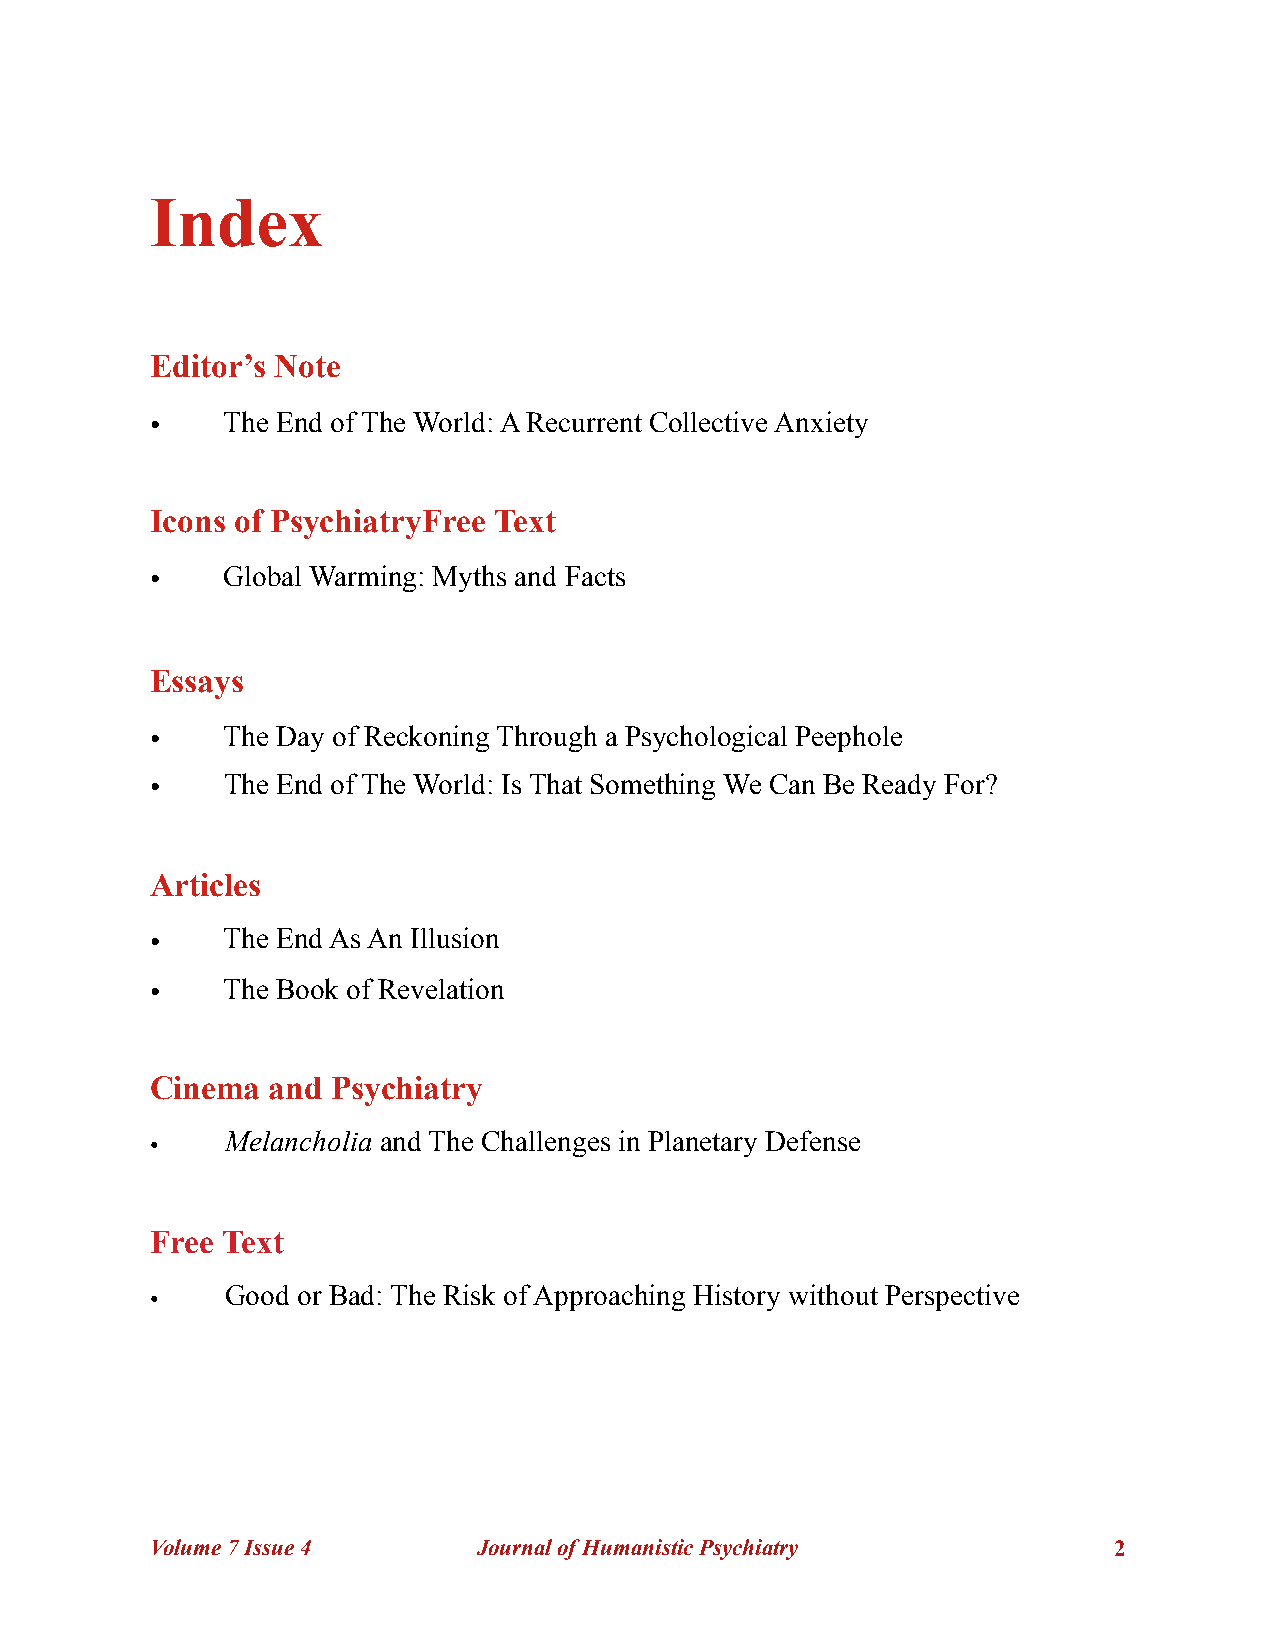
Index
 Editor’s Note
 •    The End of The World: A Recurrent Collective Anxiety
 Icons of PsychiatryFree Text
 •    Global Warming: Myths and Facts
 Essays
 •    The Day of Reckoning Through a Psychological Peephole
 •    The End of The World: Is That Something We Can Be Ready For?
 Articles
 •    The End As An Illusion
 •    The Book of Revelation
 Cinema  and Psychiatry
 •    Melancholia and The Challenges in Planetary Defense
 Free Text
 •    Good or Bad: The Risk of Approaching History without Perspective
 Volume 7 Issue 4      Journal of Humanistic Psychiatry          !2